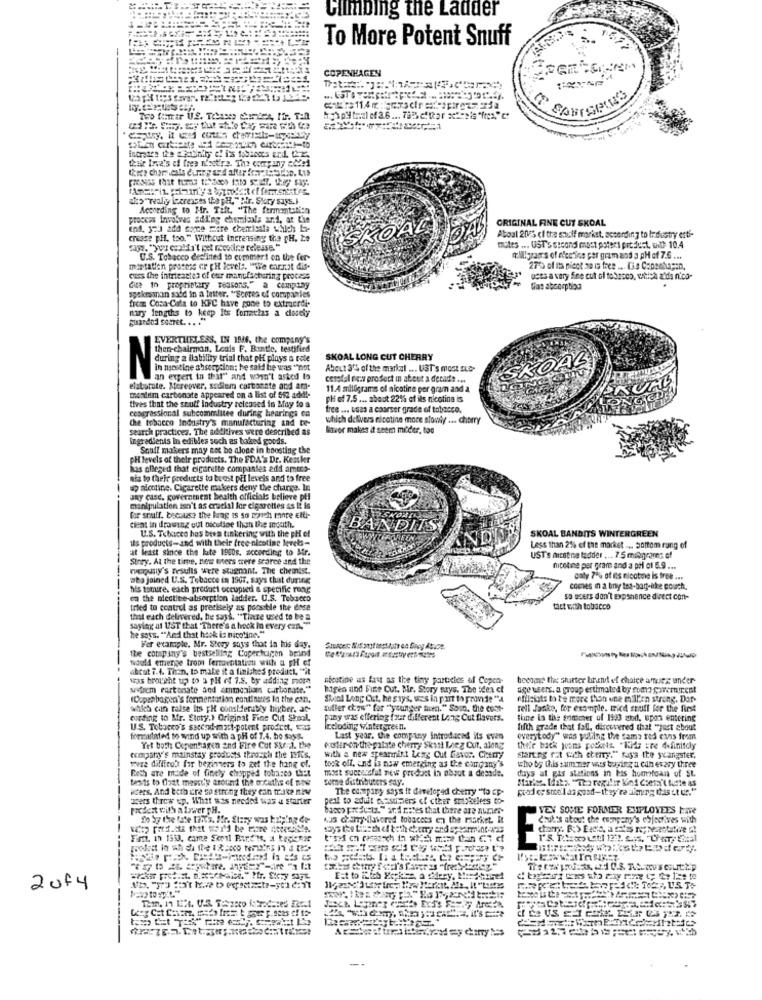
Climbing the Ladder
To More Potent Snuff
COPENHAGEN
hpH trial of 2.6 ... 793 c'ttar actesis "fres," er
deale Ine's ef tree n'est're. The company added
als ""really increases the pH." hir. Story says.J
According to Mr. Tift. "The fermentation
process Involves ading chemicals art, at the
ORIGINAL FINE CUT SKOAL
SKOAL
cresse pH, too." Without Inerensing the pH. to
Atoal 205 cf the saff market, according to Industry esti-
mutes ... UST's second most potent prt dust, il- 10.4
U.S. Tobacco deelined to comesert on the fer-
tilligrao's of electins per gram and a pH of 7.6 ...
mintatien prosess or PH levels. "We carnot die.
275% of its picot me is tree .... Lis Copenhagen.
cues the intricactes of eur manufacturing process
dess a very fine cut of tobacco, which a'da nico-
dute In proprietary reasons." a company
spokesman said in a better. "Serres of companies
from Coca-Cola to KFC have gone to extractdie
miry lengths to keep Its fonatlas a dudy
guardod somet. .. .
EVERTHELESS, IN 1846, the company's
then-chairman, Leals F. Runtte, testified
N
during a ilability trial that phi plays a rete
SKOAL LONG CUT CHERRY
in macstine absorption; he said he was "not
About 3'S of the markal ... UST's most sut-
SKOAL
an expert in thir" and won't asked to
cesolal new product in about a decade ...
elaborate. Moreover, sodium carbonate and am-
11.4 milligrams of nicotine per gram and a
monium carbonate appeared on a list of 552 add !-
pH of 7.5 ... about 22% of ils nicotina is
congressional subcommittee during hearings ca
tives that the snulf Industry released in May to a
free ... usas a coarser grade of tobacco.
the tobacco Industry's manufacturing and te-
which delivers nicotine more slowly ... cherry
search practices. The additives were described as
Saver makes it seem mitder, too
Ingredients in edibles such as toked goods.
Souff makers may not be alone in boosting the
pH levels of their products. The FDA's Dr. Kesskr
has alleged that cigarette companies adi amtro-
nia to their products to beest při levels and to free
sicotine. Cigarette makers deny the charge. In
any case. government health officials believe pfl
manipulation isn't as crucial for cigarettes as it is
for staff, because the lung is so nonch minte Etti-
cleat in drawing out nicotine than the mouth.
BANDITS
its products-and with their free-nicotine levels-
U.S. Tobacco has been tinkering with the pH of
SKOAL BANDITS WINTERGREEN
at least since the late 1960g. according to Mr.
Less than 2% of the market ... Sottom rang of
Story. At the time, new users were scarce and the
UST's micotina ladder ... 7.5 milgrams of
werdsly's results were stagnant. The chemist.
nichtme per gram and a pri of 5.9 ...
she joined U.S. Tobacco in 1507, says that during
caty 7% of is nicotine is free ...
----
his tomure. each product occupied a specific rung
coches in a binly tes-bag-ithe couch.
on the niectine-absorption ladder. U.S. Tobacco
so users don't expshence direct con-
tried to control as precisely as possible the dose
tict with tobacco
that each delivered, he says, "Timeze used to be a
saying at UST that There's a hook in every can."
he says. ""And that heck is nicotine."
the company's bestselling Coperturen beind
For example, Mr. Story says that in his day.
would emerge trom ferrovotation with a BH of
abcut i.4. Than, to make it a finishes product, "it
was brought up to a pH of 7.5. by adding more
nicotine as fast as the tiny particles of Copco-
become the sturter brand of choice amues under
strem rartonate and cenmonlams carbonate."
higen und Fine Cut. Mr. Story says. The idea et
age users. a group estimated by como garemirent
(Copenhagen's fermentation continues la the can.
Skiol Long Cut, he says, w's in port to provide "A
efilelots to te more than une m T'en strong. Dar-
which can raise Its FH considerably higher. at-
antler chow" for "younger huren." Soon. the cost-
rell Janke, for example. trice stuff for the first
curding to Mr. Staty.) Original Fine Cut Sheol,
pony was effering four different Long Cut flavors.
fine la the simscher of 1933 and. upon entering
U.S. Tobacco's second-mart-potent prodcot, was
Iceloding wintergreen.
fifth grade that fall, discovered that "just about
fondutated to wind up with a pH of 1.4. he says.
Last year. the company introduced its even
everytody" was pulling the same red exis from
Yrt both Copenhagen and Fire Cut S&ref. the
euxster on the palate cherry Skint Leeg Cut, along
their back juens posons. "Kids are definitely
company's mainstay products through the ISfis.
with a new spearmint Leng Cut Gisvor. CrmTy
starting rat cath etery." says the yeangster,
more difficult for beginners to get the hang of.
Both are made of finely chopped tobacco that
took off, and is now emerging as the company's
most successful new product in abrot a desade.
who by this summer wars toping u can every three
days at gas stations in his hometoan of St.
tests to float mascily around the mouths of the
wurne distributers say.
Mirise. Idata "mes regular kind Coens't lurte as
users. And both cre so strong they can make new
The company says it developed cherry "to Ep-
good or stell as gost-they're almeng das st cr."
azers threw up. What was needed was a starter
pest to adult cesters of cter smokeless to-
det with a traer TH.
banco presenta." ard rates that there are aurier-
VEY SOME FORMER EMPLOYEES tave
Do by the fate thots. Mfr. Stary was triping Ce-
4us champ-flavored tobacces en the market. it
ouk's about the company's effectives with
Fon. In 1553, came Semi Birt'ts, a tedenar
20f4